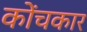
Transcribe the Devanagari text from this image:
कोंचकार